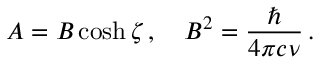
{ \cal A } = { \cal B } \cosh \zeta \, , \quad { \cal B } ^ { 2 } = \frac { \hbar } { 4 \pi c \nu } \, .